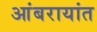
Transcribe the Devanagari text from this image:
आंबरायांत